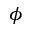
\phi